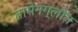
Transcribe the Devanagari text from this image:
तामेनग्लौंग